Code of medical and sanitary regulations for the guidance of medical officers serving in the Madras Presidency - Volume I
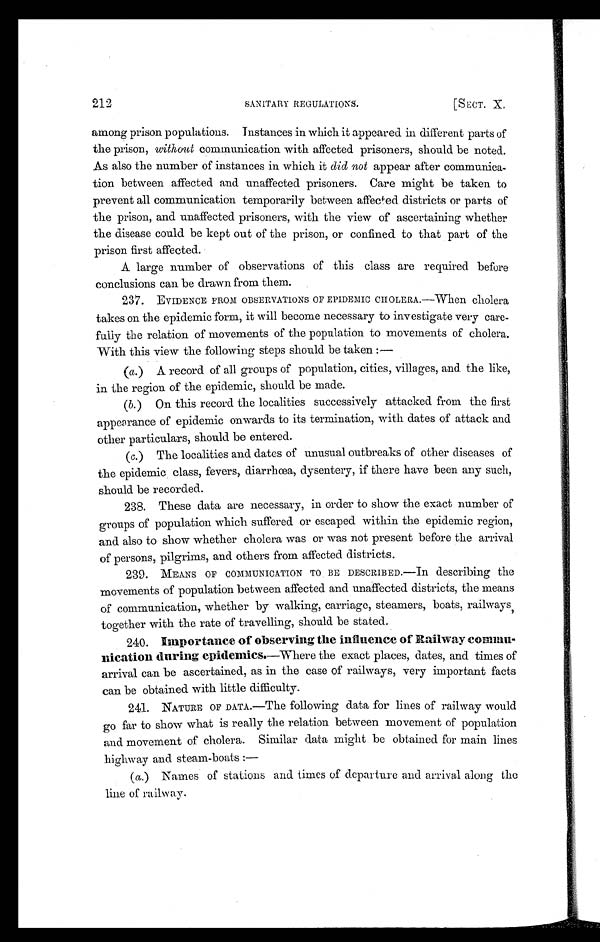
212
SANITARY REGULATIONS.
[SECT. X.
among prison populations. Instances in which it appeared in different parts of
the prison, without communication with affected prisoners, should be noted.
As also the number of instances in which it did not appear after communica-
tion between affected and unaffected prisoners. Care might be taken to
prevent all communication temporarily between affected districts or parts of
the prison., and unaffected prisoners, with the view of ascertaining whether
the disease could be kept out of the prison, or confined to that part of the
prison first affected.
A large number of observations of this class are required before
conclusions can be drawn from them.
237. EVIDENCE FROM OBSERVATIONS OF EPIDEMIC CHOLERA.—When cholera
takes on the epidemic form, it will become necessary to investigate very care-
fully the relation of movements of the population to movements of cholera.
With this view the following steps should be taken :—
(a.) A record of all groups of population, cities, villages, and the like,
in the region of the epidemic, should be made.
(b.) On this record the localities successively attacked from the first
appearance of epidemic onwards to its termination, with dates of attack and
other particulars, should be entered.
(c.) The localities and dates of unusual outbreaks of other diseases of
the epidemic class, fevers, diarrhœa, dysentery, if there have been any such,
should be recorded.
238. These data are necessary, in order to show the exact number of
groups of population which suffered or escaped within the epidemic region,
and also to show whether cholera was or was not present before the arrival
of persons, pilgrims, and others from affected districts.
239. MEANS OF COMMUNICATION TO BE DESCRIBED . —In describing the
movements of population between affected and unaffected districts, the means
of communication, whether by walking, carriage, steamers, boats, railways,
together with the rate of travelling, should be stated.
240. Importance of observing the influence of Railway commu-
nication during epidemies.—Where the exact places, dates, and times of
arrival can be ascertained, as in the case of railways, very important facts
can be obtained with little difficulty.
241. NATURE OF DATA.—The following data for lines of railway would
go far to show what is really the relation between movement of population
and movement of cholera. Similar data might be obtained for main lines
highway and steam-boats :
—
( a. ) Names of stations and times of departure and arrival along the
line of railway.